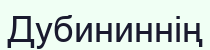
Дубининнің